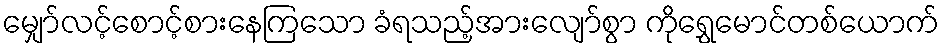
မျှော်လင့်စောင့်စားနေကြသော ခံရသည့်အားလျော်စွာ ကိုရွှေမောင်တစ်ယောက်